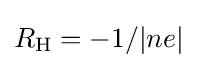
R_{\mathrm {H} }=-1/|ne|